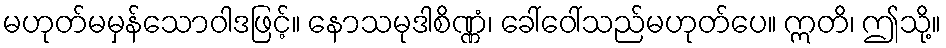
မဟုတ်မမှန်သောဝါဒဖြင့်။ နောသမုဒါစိဏ္ဏံ၊ ခေါ်ဝေါ်သည်မဟုတ်ပေ။ ဣတိ၊ ဤသို့။